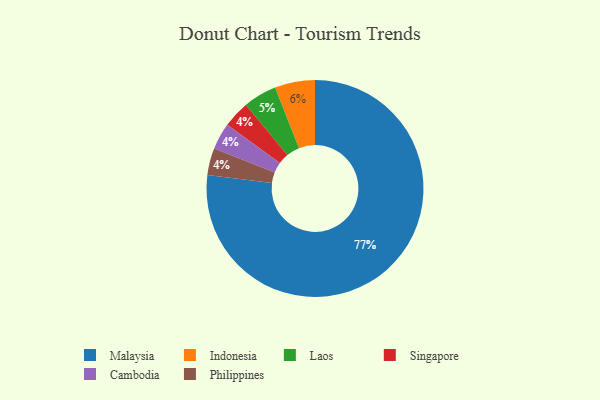
{"axis": {"x": "Category", "y": "Percentage"}, "legend": ["Cambodia", "Indonesia", "Laos", "Malaysia", "Philippines", "Singapore"], "data": [{"x": "Indonesia", "y": 6, "type": "Indonesia"}, {"x": "Malaysia", "y": 77, "type": "Malaysia"}, {"x": "Laos", "y": 5, "type": "Laos"}, {"x": "Singapore", "y": 4, "type": "Singapore"}, {"x": "Cambodia", "y": 4, "type": "Cambodia"}, {"x": "Philippines", "y": 4, "type": "Philippines"}]}